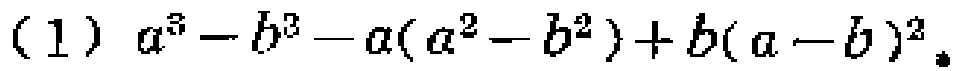
(1) \(a^{3}-b^{3}-a(a^{2}-b^{2})+b(a - b)^{2}\)